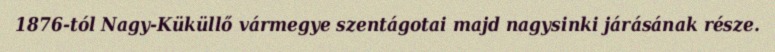
1876-tól Nagy-Küküllő vármegye szentágotai majd nagysinki járásának része.